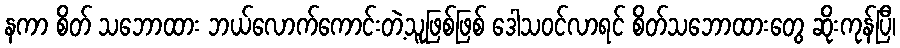
နကာ စိတ် သဘောထား ဘယ်လောက်ကောင်းတဲ့သူဖြစ်ဖြစ် ဒေါသဝင်လာရင် စိတ်သဘောထားတွေ ဆိုးကုန်ပြီ၊